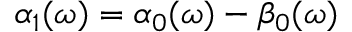
\alpha _ { 1 } ( \omega ) = \alpha _ { 0 } ( \omega ) - \beta _ { 0 } ( \omega )